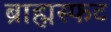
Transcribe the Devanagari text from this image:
ब्राह्मस्फट